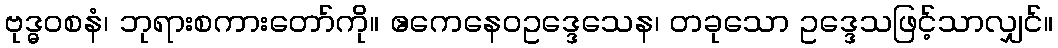
ဗုဒ္ဓဝစနံ၊ ဘုရားစကားတော်ကို။ ဧကေနေဝဥဒ္ဒေသေန၊ တခုသော ဥဒ္ဒေသဖြင့်သာလျှင်။